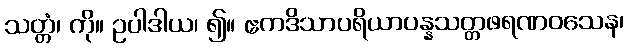
သတ္တံ၊ ကို။ ဥပါဒါယ၊ ၍။ ဧကဒိသာပရိယာပန္နသတ္တဖရဏဝသေန၊